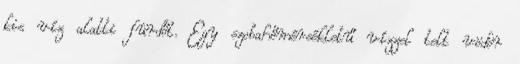
kis víz alatti fürdőt. Egy szobahőmérsékletű vízzel telt vödör